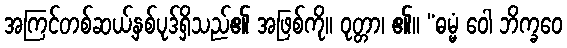
အကြင်တစ်ဆယ့်နှစ်ပုဒ်ရှိသည်၏ အဖြစ်ကို။ ဝုတ္တာ၊ ၏။ “ဓမ္မံ ဝေါ ဘိက္ခဝေ